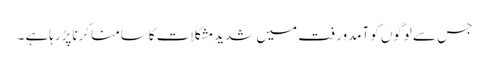
جس سے لوگوں کوآمدورفت میں شدیدمشکلات کاسامناکرناپڑرہاہے ۔